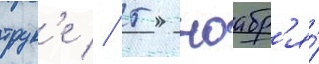
трук'е // 5 ноабр'я́